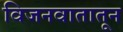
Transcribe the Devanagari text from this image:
विजनवातातून